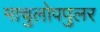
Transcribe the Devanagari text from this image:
माचुलोपपुलर